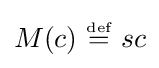
M(c)~{\stackrel {\scriptscriptstyle {\text{def}}}{=}}~sc